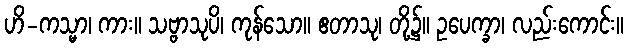
ဟိ-ကသ္မာ၊ ကား။ သဗ္ဗာသုပိ၊ ကုန်သော။ ဧတာသု၊ တို့၌။ ဥပေက္ခာ၊ လည်းကောင်း။